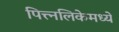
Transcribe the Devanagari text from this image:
पित्त्नलिकेमध्ये